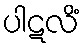
ပါဋလိံ